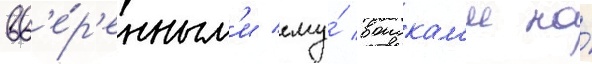
вв'е́р'енным'и ему́ воискам'и на́